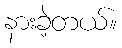
နားခဲ့တယ်။